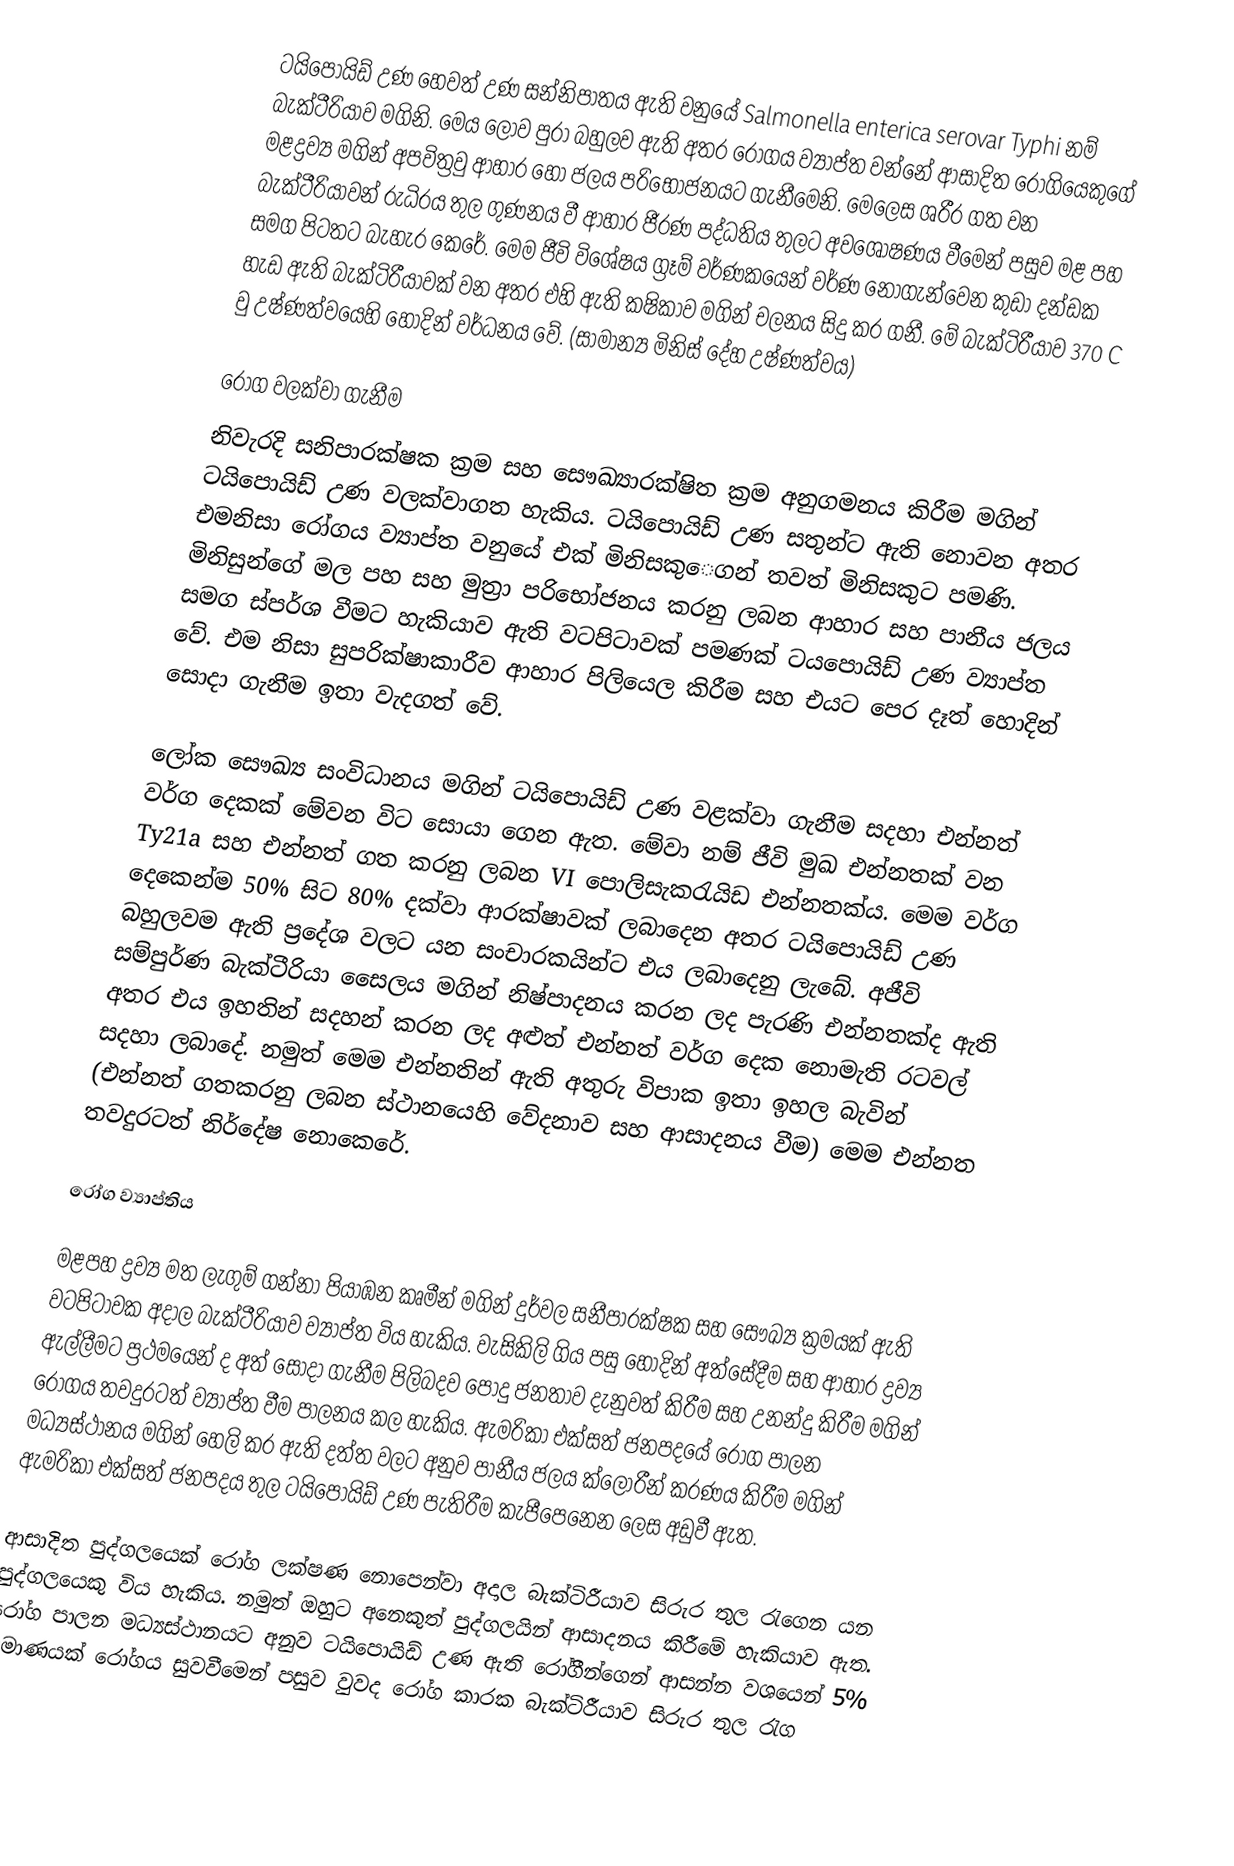
ටයිපොයිඩ් උණ හෙවත් උණ සන්නිපාතය ඇති වනුයේ Salmonella enterica serovar Typhi නම් බැක්ටීරියාව මගිනි. මෙය ලොව පුරා බහුලව ඇති අතර රෝගය ව්‍යාප්ත වන්නේ ආසාදිත රෝගියෙකුගේ මළද්‍රව්‍ය මගින් අපවිත්‍රවු ආහාර හෝ ජලය පරිභෝජනයට ගැනීමෙනි. මෙලෙස  ශරීර ගත වන බැක්ටීරියාවන් රුධිරය තුල ගුණනය වී ආහාර ජීරණ පද්ධතිය තුලට අවශෝෂණය වීමෙන් පසුව මළ පහ සමග පිටතට බැහැර කෙරේ. මෙම ජීවි විශේෂය ග්‍රෑම් වර්ණකයෙන් වර්ණ නොගැන්වෙන කුඩා දන්ඩක හැඩ ඇති බැක්ටිරීයාවක් වන අතර එහි ඇති කෂිකාව මගින් චලනය සිදු කර ගනී. මේ බැක්ටිරීයාව 370 C වු උෂ්ණත්වයෙහි හොදින් වර්ධනය වේ. (සාමාන්‍ය මිනිස් දේහ උෂ්ණත්වය)

රෝග වලක්වා ගැනීම
නිවැරදි සනිපාරක්ෂක ක්‍රම සහ සෞඛ්‍යාරක්ෂිත ක්‍රම අනුගමනය කිරීම මගින් ටයිපොයිඩ් උණ වලක්වාගත හැකිය. ටයිපොයිඩ් උණ සතුන්ට ඇති නොවන අතර එමනිසා රෝගය ව්‍යාප්ත වනුයේ එක් මිනිසකු‍ෙගන් තවත් මිනිසකුට පමණි. මිනිසුන්ගේ මල පහ සහ මුත්‍රා පරිභෝජනය කරනු ලබන ආහාර සහ පානීය ජලය සමග ස්පර්ශ වීමට හැකියාව ඇති වටපිටාවක් පමණක් ටයපොයිඩ් උණ ව්‍යාප්ත වේ. එම නිසා සුපරික්ෂාකාරීව ආහාර පිලියෙල කිරීම සහ එයට පෙර දෑත් හොදින් සොදා ගැනීම ඉතා වැදගත් වේ.

ලෝක සෞඛ්‍ය සංවිධානය මගින් ටයිපොයිඩ් උණ වළක්වා ගැනීම සදහා එන්නත් වර්ග දෙකක් මේවන විට සොයා ගෙන ඇත. මේවා නම් ජීවි මුඛ එන්නතක් වන Ty21a සහ එන්නත් ගත කරනු ලබන VI පොලිසැකරැයිඩ එන්නතක්ය. මෙම වර්ග දෙකෙන්ම 50% සිට 80% දක්වා ආරක්ෂාවක් ලබාදෙන අතර ටයිපොයිඩ් උණ බහුලවම ඇති ප්‍රදේශ වලට යන සංචාරකයින්ට එය ලබාදෙනු ලැබේ. අජීවි සම්පුර්ණ බැක්ටීරියා සෛලය මගින් නිෂ්පාදනය කරන ලද පැරණි එන්නතක්ද ඇති අතර එය ඉහතින් සදහන් කරන ලද අළුත් එන්නත් වර්ග දෙක නොමැති රටවල් සදහා ලබාදේ. නමුත් මෙම එන්නතින් ඇති අතුරු විපාක ඉතා ඉහල බැවින් (එන්නත් ගතකරනු ලබන ස්ථානයෙහි වේදනාව සහ ආසාදනය වීම) මෙම එන්නත තවදුරටත් නිර්දේෂ නොකෙරේ. ‍

රෝග ව්‍යාප්තිය

මළපහ ද්‍රව්‍ය මත ලැගුම් ගන්නා පියාඹන කෘමීන් මගින් දුර්වල සනීපාරක්ෂක සහ සෞඛ්‍ය ක්‍රමයක් ඇති වටපිටාවක අදාල බැක්ටීරියාව ව්‍යාප්ත විය හැකිය. වැසිකිලි ගිය පසු හොදින් අත්සේදීම සහ ආහාර ද්‍රව්‍ය ඇල්ලීමට ප්‍රථමයෙන් ද අත් සොදා ගැනීම පිලිබදව පොදු ජනතාව දැනුවත් කිරීම සහ උනන්දු කිරීම මගින් රෝගය තවදුරටත් ව්‍යාප්ත වීම පාලනය කල හැකිය. ඇමරිකා එක්සත් ජනපදයේ රෝග පාලන මධ්‍යස්ථානය මගින් හෙලි කර ඇති දත්ත වලට අනුව පානීය ජලය ක්ලෝරීන් කරණය කිරීම මගින් ඇමරිකා එක්සත් ජනපදය තුල ටයිපොයිඩ් උණ පැතිරීම කැපීපෙනෙන ලෙස අඩුවී ඇත.

ආසාදිත පුද්ගලයෙක් රෝග ලක්ෂණ නොපෙන්වා අදාල බැක්ටිරීයාව සිරුර තුල රැගෙන යන පුද්ගලයෙකු විය හැකිය. නමුත් ඔහුට අනෙකුත් පුද්ගලයින් ආසාදනය කිරීමේ හැකියාව ඇත. රෝග පාලන මධ්‍යස්ථානයට අනුව ටයිපොයිඩ් උණ ඇති රෝගීන්ගෙන් ආසන්න වශයෙන් 5% ප්‍රමාණයක් රෝගය සුවවීමෙන් පසුව වුවද රෝග කාරක බැක්ටිරීයාව සිරුර තුල රැග